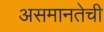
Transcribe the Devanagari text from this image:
असमानतेची